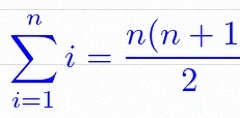
\sum_{i=1}^{n}i=\frac{n(n+1)}2